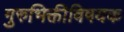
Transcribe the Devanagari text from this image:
गुरुभिक्तीविषयक